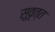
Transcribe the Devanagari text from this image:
सुवृत्त